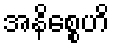
အနိစ္စေဟိ